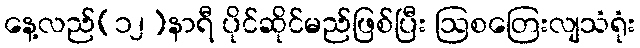
နေ့လည်(၁၂)နာရီ ပိုင်ဆိုင်မည်ဖြစ်ပြီး ဩစတြေးလျသံရုံး